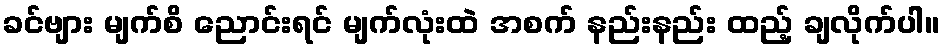
ခင်ဗျား မျက်စိ ညောင်းရင် မျက်လုံးထဲ အစက် နည်းနည်း ထည့် ချလိုက်ပါ။